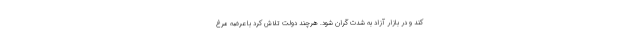
کند و در بازار آزاد به شدت گران شود. هرچند دولت تلاش کرد با عرضه مرغ